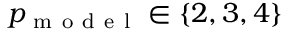
p _ { \mathrm { ~ m ~ o ~ d ~ e ~ l ~ } } \in \{ 2 , 3 , 4 \}